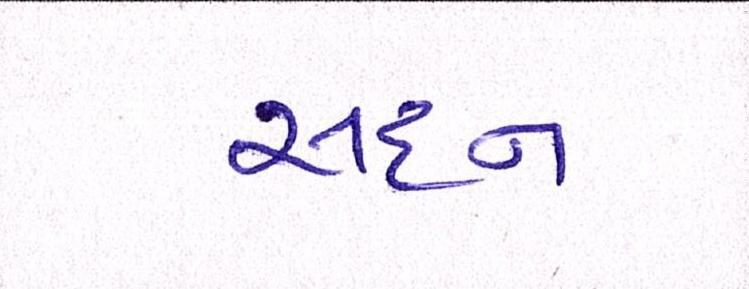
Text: સદન